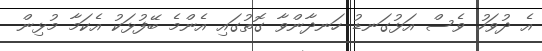
އެ ދުވަހު ވެސް އަޅުގަނޑު ހަނދާންވާ ގޮތުގައި އެންމެ ބޭފުޅަކު އެކަމާ މުޅިން